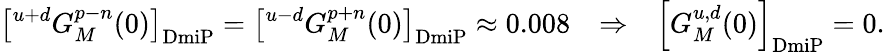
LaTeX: \left[{}^{u+d}G_{M}^{p-n}(0)\right]_{\mathrm{DmiP}}=\left[{}^{u-d}G_{M}^{p+n}(0)\right]_{\mathrm{DmiP}}\approx 0.008~~~\Rightarrow~~~\left[G_{M}^{u,d}(0)\right]_{\mathrm{DmiP}}=0.